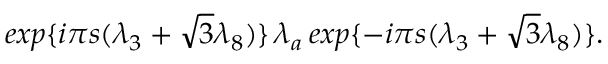
e x p \{ { i { \pi } s ( { \lambda } _ { 3 } + { \sqrt { 3 } } { \lambda } _ { 8 } ) } \} \, { \lambda } _ { a } \, e x p \{ { - i { \pi } s ( { \lambda } _ { 3 } + { \sqrt { 3 } } { \lambda } _ { 8 } ) } \} .